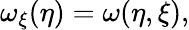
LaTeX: \omega_{\xi}(\eta)=\omega(\eta,\xi),